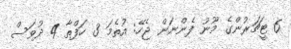
6 ޓީޗަރުންގެ މޫނު ފެންނަން ޖެހޭ: އުތެމަ 3 ހަފްތާ 4 ދުވަސް